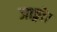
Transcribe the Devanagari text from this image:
जाङ्गो।